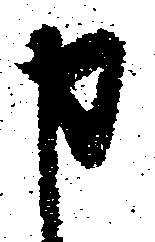
申